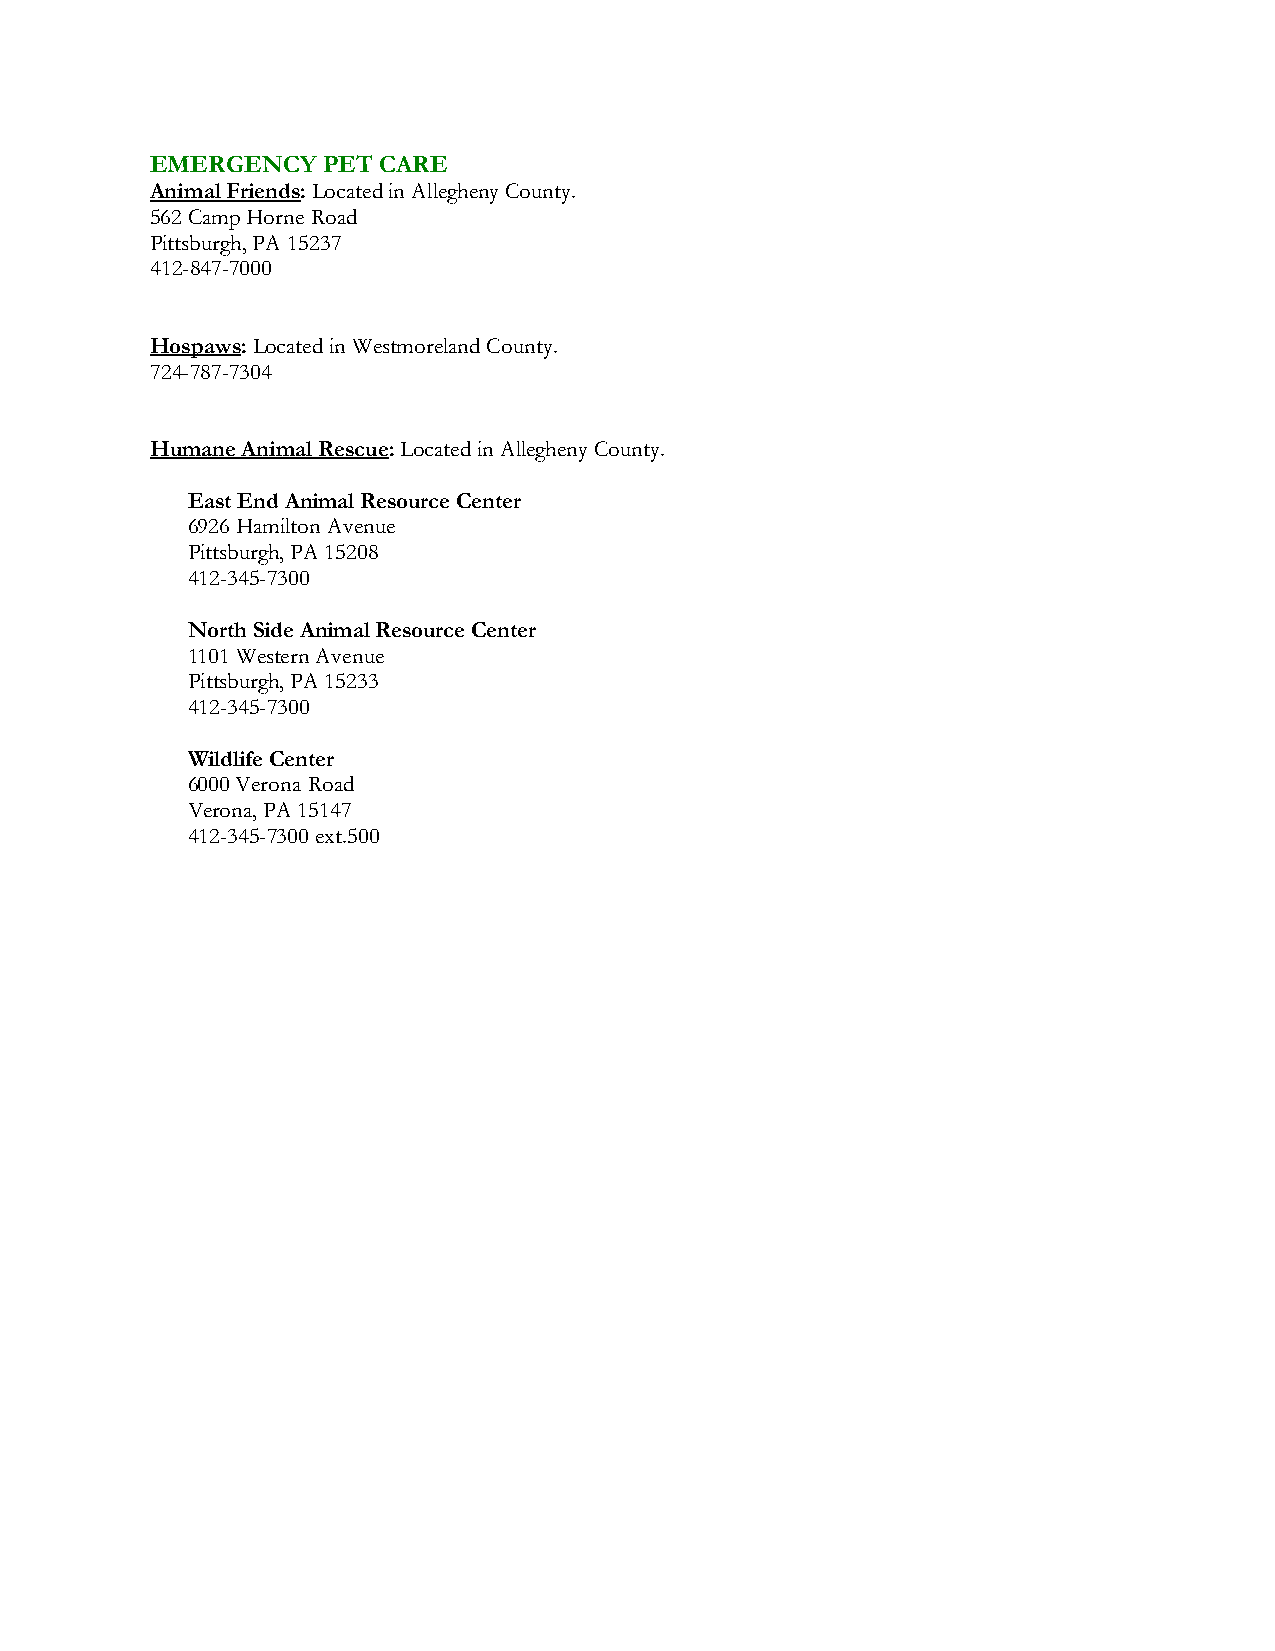
EMERGENCY  PET CARE
 Animal Friends: Located in Allegheny County.
 562 Camp Horne Road
 Pittsburgh, PA 15237
 412-847-7000
 Hospaws: Located in Westmoreland County.
 724-787-7304
 Humane Animal Rescue: Located in Allegheny County.
 East End Animal Resource Center
 6926 Hamilton Avenue
 Pittsburgh, PA 15208
 412-345-7300
 North Side Animal Resource Center
 1101 Western Avenue
 Pittsburgh, PA 15233
 412-345-7300
 Wildlife Center
 6000 Verona Road
 Verona, PA 15147
 412-345-7300 ext.500